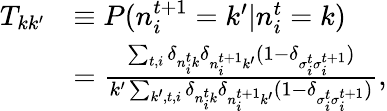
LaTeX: \begin{array}{rl}{T_{kk^{\prime}}}&{\equiv P(n_{i}^{t+1}=k^{\prime}|n_{i}^{t}=k)}\\ &{=\frac{\sum_{t,i}\delta_{n_{i}^{t}k}\delta_{n_{i}^{t+1}k^{\prime}}(1-\delta_{\sigma_{i}^{t}\sigma_{i}^{t+1}})}{k^{\prime}\sum_{k^{\prime},t,i}\delta_{n_{i}^{t}k}\delta_{n_{i}^{t+1}k^{\prime}}(1-\delta_{\sigma_{i}^{t}\sigma_{i}^{t+1}})},}\end{array}